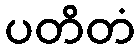
ပတိတံ